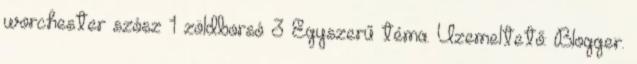
worchester szósz 1 zöldborsó 3 Egyszerű téma. Üzemeltető: Blogger.